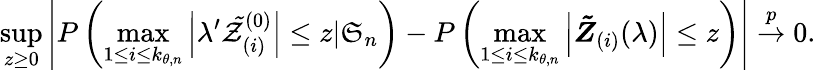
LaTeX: \operatorname*{sup}_{z\geq 0}\left\vert P\left(\operatorname*{max}_{1\leq i\leq k_{\theta,n}}\left\vert\lambda^{\prime}\mathcal{\tilde{Z}}_{(i)}^{(0)}\right\vert\leq z|\mathfrak{S}_{n}\right)-P\left(\operatorname*{max}_{1\leq i\leq k_{\theta,n}}\left\vert\boldsymbol{\tilde{Z}}_{(i)}(\lambda)\right\vert\leq z\right)\right\vert\overset{p}{\rightarrow}0.